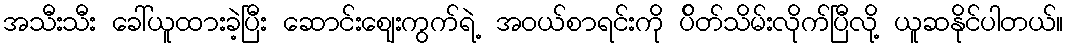
အသီးသီး ခေါ်ယူထားခဲ့ပြီး ဆောင်းဈေးကွက်ရဲ့ အဝယ်စာရင်းကို ပ်ိတ်သိမ်းလိုက်ပြီလို့ ယူဆနိုင်ပါတယ်။